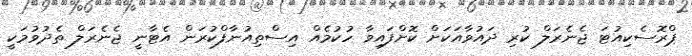
ޕްރޮސެކިއުޓަ ޖެނެރަލް ކުރި ދައުވާއަކަށް ކޮށްފައިވާ ހުކުމެއް އިސްތިއުނާފްކުރަން އެޓާނީ ޖެނެރަލް ތެދުވުމަކީ